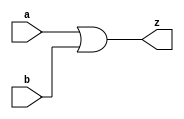
// This program was cloned from: https://github.com/siliconcompiler/lambdalib
// License: MIT License

//#############################################################################
//# Function: 2-Input Clock OR Gate                                           #
//# Copyright: Lambda Project Authors. All rights Reserved.                   #
//# License:  MIT (see LICENSE file in Lambda repository)                     #
//#############################################################################

module la_clkor2 #(
    parameter PROP = "DEFAULT"
) (
    input  a,
    input  b,
    output z
);

    assign z = a | b;

endmodule